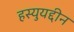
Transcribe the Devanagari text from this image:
हस्युयद्दीन